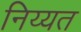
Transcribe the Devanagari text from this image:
निय्यत